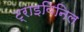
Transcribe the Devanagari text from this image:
ट्राइविनिल